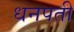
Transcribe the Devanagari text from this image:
धनपती